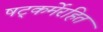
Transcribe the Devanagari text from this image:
षट्‍कर्मेरहित